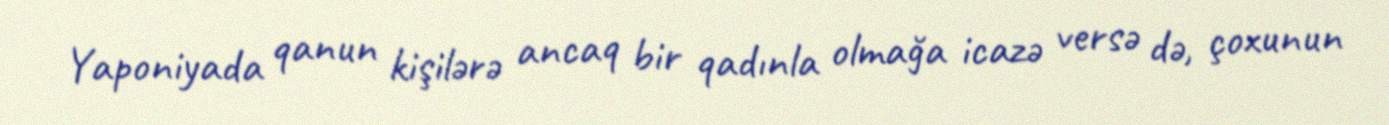
Yaponiyada qanun kişilərə ancaq bir qadınla olmağa icazə versə də, çoxunun